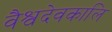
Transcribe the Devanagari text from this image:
वैश्वदेवकालि